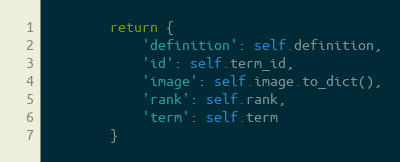
Language: Python
        return {
            'definition': self.definition,
            'id': self.term_id,
            'image': self.image.to_dict(),
            'rank': self.rank,
            'term': self.term
        }